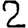
Digit: 2